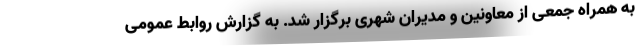
به همراه جمعی از معاونین و مدیران شهری برگزار شد. به گزارش روابط عمومی